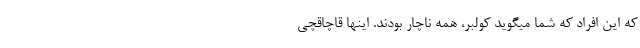
که این افراد که شما میگوید کولبر، همه ناچار بودند. اینها قاچاقچی